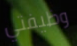
وظيفتي